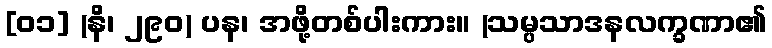
[၀၁] (နိ၊ ၂၉၀) ပန၊ အဖို့တစ်ပါးကား။ (သမ္ပသာဒနလက္ခဏာ၏